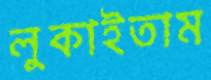
লুকাইতাম